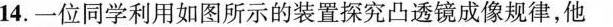
14.一位同学利用如图所示的装置探究凸透镜成像规律，他